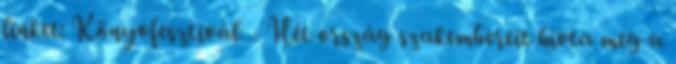
linket: Könyvfesztivál – Hét ország szakembereit hívta meg a